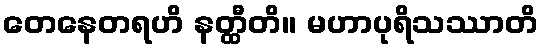
တေနေတရဟိ နတ္ထီတိ။ မဟာပုရိသဿာတိ